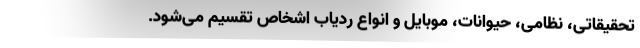
تحقیقاتی، نظامی، حیوانات، موبایل و انواع ردیاب اشخاص تقسیم می‌شود.